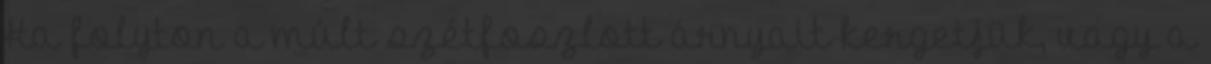
Ha folyton a múlt szétfoszlott árnyait kergetjük, vagy a